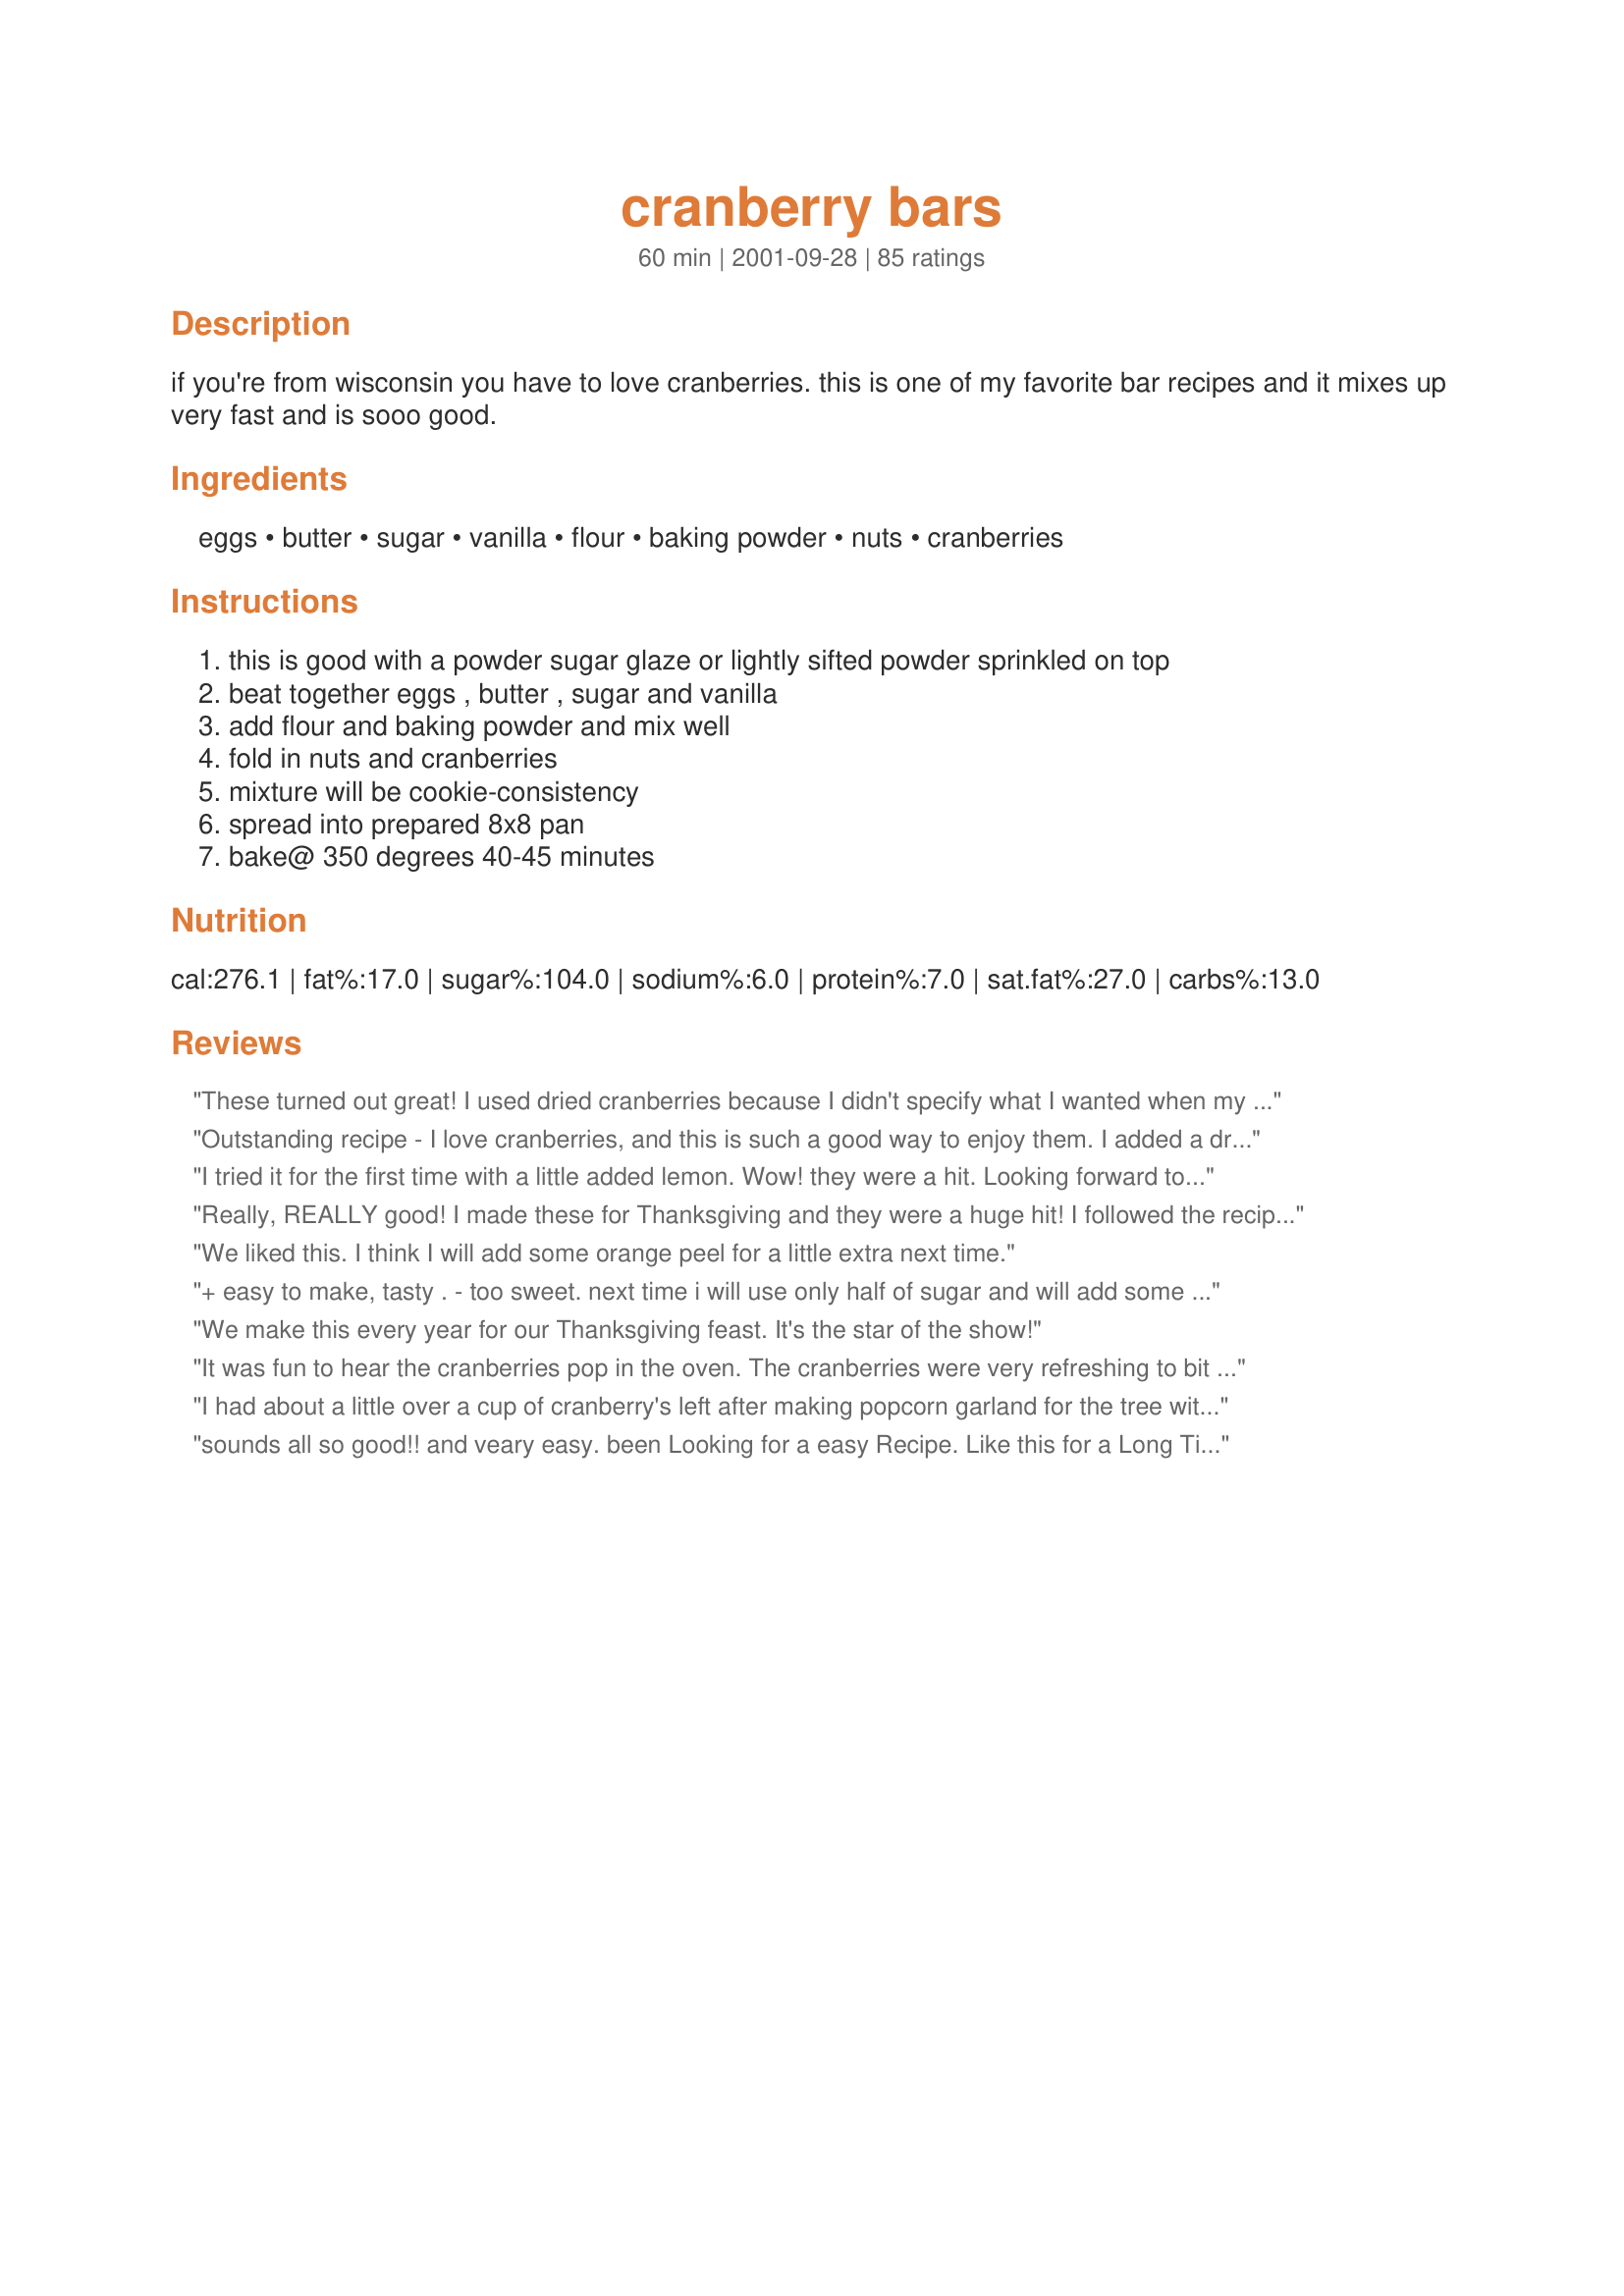
cranberry bars
Preparation time: 60 minutes

if you're from wisconsin you have to love cranberries. this is one of my favorite bar recipes and it mixes up very fast and is sooo good.

Ingredients:
eggs, butter, sugar, vanilla, flour, baking powder, nuts, cranberries

Steps:
this is good with a powder sugar glaze or lightly sifted powder sprinkled on top, beat together eggs , butter , sugar and vanilla, add flour and baking powder and mix well, fold in nuts and cranberries, mixture will be cookie-consistency, spread into prepared 8x8 pan, bake@ 350 degrees 40-45 minutes

Reviews:
These turned out great! I used dried cranberries because I didn't specify what I wanted when my husband went to the store so that's what I got but they still turned out great and my husband looks forward to having them in his lunch this week. Thank you for posting such an easy bar recipe.
Outstanding recipe - I love cranberries, and this is such a good way to enjoy them. I added a drizzle of maple glaze - excellent ! I am going to make them again this week - these are our new favorite treats - thank you !
I tried it for the first time with a little added lemon. Wow! they were a hit. Looking forward to making them again with blueberries or raspberries. Thought they were a little sweet so will reduce sugar as suggested in other reviews. Great snack for school lunches.
Really, REALLY good! I made these for Thanksgiving and they were a huge hit! I followed the recipe exactly as stated, with a whole bag of fresh cranberries (and did butter/flour my 9x13 pan to avoid sticking - which worked great) and also added in about a cup of white chocolate chips - really delicious and will definitely make again!
We liked this. I think I will add some orange peel for a little extra next time.
+ easy to make, tasty .
- too sweet. next time i will use only half of sugar and will add some lemon zest.
We make this every year for our Thanksgiving feast. It's the star of the show!
It was fun to hear the cranberries pop in the oven. The cranberries were very refreshing to bit into. I found that the dough did not pour as the recipe stated. The consistency was like cookie dough, so I buttered my knife and spread it into my pan. Everyone liked these. Thank You.
I had about a little over a cup of cranberry's left after making popcorn garland for the tree with the kids. Not quite enough to make anything out of so I came here looking for a tasty recipe to use them up. I been looking for a good recipe for cranberry bars when for a while and have been quite unsuccessful in finding one that made it worth while. So back after a quick search I found this gem and decided to scale it back to 6 bars and give it a whirl. I followed the recipe exactly except adding about 1/4 tsp of salt and rolling the cranberry in about a teaspoon full of sugar before adding them to the dough. The results were VERY good. The bars were very tasty while keeping the tart taste of cranberry and the bar itself was crispy on top and chewy in the middle. Next time and there will be next time I will be making these I will definitely follow my changes and double the recipe to have some to share. The small pan I made was barely enough for the family to get a taste of these great bars and of course they all wanted more.
sounds all so good!! and veary easy. been Looking for a easy Recipe. Like this for a Long Time. Ginny Ross.
Wonderful taste. Simple to make. I added an extra egg (it seems that large eggs these days are getting smaller). My friend ate half of it the first day!! Thanks for a great recipe.<br/><br/>Update: I had a very large bag of Craisins (dried cranberries) so I decided to try this recipe using them. Simply delicious. Didn't need an extra egg this time....LOL.
These were very tasty little bars/cake. I used black currants instead of cranberries and brown sugar instead of white and one cup chopped pecans but left everything else the same. I baked them in a 8x11 pan but will try a 9x13 next time for a bit thinner bar. Oh and of course I sprinkled a bit of sugar on top for a nice crunchy crust. Will def make these again! THANKS
wonderful taste and very easy to make. my frozen cranberries made it even harder to spread. i finally wore plastic food prep gloves and pressed and spread it. this worked very well. my boys and DH asked for seconds and thirds immediately.
Very good way to use cranberries. I usually just eat them for Thanksgiving. I tried this in a 9x13" aluminum pan and it came out too thin and stuck to the pan, which made the bars fall apart. We are enjoying the pieces, but I will be making this in a glass 8x8" pan next time. Thanks!
My friends and family all loved these bars. This is a very easy recipe!
fantastic.lovely combination of flavours.Tartness and a delicate sweetness in one bar. guests loved it!!Very easy.
I am originally from Wisconsin, too. Perhaps that's why I loved these. I used fresh cranberries and chopped walnuts. These are delicious and simple. I took them to a party, and the disappeared. Thanks for the recipe.
Yes, I am from Wisconsin and yes, I loved these bars!! I used frozen cranberries and a 13x9 pan with no problems! These were so easy bake and the entire family loved them. The batter was pretty thick and I had to spread it out with a spatula, not to worry, they turned out perfect. Instead of all white sugar - I used a combination of brown sugar, white sugar and splenda. I also used egg whites, no yolks and baby pear food for some of the butter. I am working on developing a lighter version of these (so I can eat more!).
Easy and wonderful. Even the kids liked them.
Great tasting bars! Made these over the holidays and we loved them. Not only do they taste good but they look fantastic plated. With 70 reviews there is not much I can say that hasn't already been said .... except to say WINNER! Thank you Bonnie!
very nice recipe. good contrast with sour cranberry. Will try brown sugar next time, just to see.
Oh my...these are really delicious. I just pulled them out of the oven and dug right in before it even cooled. My husband who does NOT like cranberries, said "these are really good". I know this will be a regular at my house. Thanks for a great recipe.
So very good and super easy to put together. Thanks
My picky 2 year old gobbled this up! Absolutely delicious! It is perfectly chewy, tangy, and sweet :-)
Like to add my kudos for these bars. I also added an extra egg. These had a nice sweetness without going overboard.
I had to try this one! The cranberries were very tasty in this easy recipe. I just sprayed the pan with oil, and used my fingers to pat out the dough in the pan. Thanks!
Great recipe. Followed everything and i also add mixed berry beside cranberry and it turned out great. my husband loves it. and it will be his snack at the office tomorrow. next time I will make it again but it will be WITHOUT the nuts. we feel that the nuts doesnt taste so great together with the berry. it sort of twisted the taste a bit. it might be a matter of taste but definitely i will put a bit more berries and no nuts. thanks for the recipe!!
Wonderful to eat and very easy to make.
My goodness, I can't believe I never reviewed these! I've been making them for 3-4 years now, always include them in holiday gift plates, and have a friend who regularly requests a couple of batches for her birthday present. I skimp on sugar and go over on cranberries, and the result is moist, cakey, tangy, crunchy deliciousness. Thank you Bonnie Young!
Very good bar, almost caramel tasting, with sharpness of cranberries folded in. Yummm. Sweet enough, no need for icing, but if you do ice it, reduce the sugar a bit. I did ice it and it really got bit too sweet, even for our tastes. Will make again, thanks for recipe!
I'm from Wisconsin and this is now my favorite cranberry treat. The only change I made was to add some diced candied ginger. Thanks for a great recipe
The only reason I can't give this five stars is because mine took longer to bake than the recipe says. BUT, that may be because I used a different sized pan than called for. I don't have any cake pans (shameful, I know) so I used an 8x8 inch square pan. These took about 60 minutes to set up. They tasted amazing when finished! I "frosted" them with melted white chocolate chips, and even my husband loved them ... and he doesn't like white chocolate, cranberries, or nuts. Go figure. These are just THAT delicious!
Thanks for a great recipe to use up my fresh cranberries!!! I love the flavor and moistness. Made 15 bars. Topped with a butter/ps/milk glaze. thanks for sharing this wonderful recipe.
Very easy, and they were a big hit. I used the whole bag of cranberries (which was over 2 cups) and I added cream cheese frosting. People asked for the recipe!
I really liked how these turned out and love the way the bright cranberry flavor shines right through. I used chopped toasted pecans and think I would use less nuts next time and also drizzles a powdered sugar glaze to top them off. Thanks for posting this delicious recipe.
Quick and Delicious! I halved the recipe and added some powdered sugar to the top as suggested. A wonderful bar I will definitely make a again. Thanks for posting.
Delish! Definitely a great use of my leftover cranberries! Added pecans and white chocolate chips, but is sweet enough without the added chocolate! Tasted great; honestly liked them more than I expected to! (How can one go wrong with 1/2 cup of butter?!) I accidentally put in an 8x8 pan so they were very thick, but baked well. I used no stick spray which worked okay; they stuck only a little at the sides, but came out fine after running a knife along the edge. Thanks so much for this delicious recipe; might have to buy cranberries just for this!
Loved it. Had cranberries in the freezer (still in the package) for 2 years! YIKES! And they still turned out awesome. They remind me of lemon bars with the zingy flavor.
I made these with raspberries instead of cranberries because that is what we had and it turned out fantastic. I can't wait to try it with the cranberries. What a great treat, thanks Bonnie.
Oh my goodness...these were so good!!! I sprinkled some brown sugar on top before putting them in the oven and it was tangy with bursts of sweet flavor. I think I will, instead of making them in bars, pour the batter into cupcake foils. YUM Yum! Thank you for a great receipe.
These are define - this is coming from a cranberry lover. Of course living in Nova Scotia cranberries are easy to come by and popular. Have been looking for a bar like this for some time so thank you, thank you for this one. I did cut back on the sugar by 1/4 cup. - like the tartness of the cranberries.
These bars are really good. I used a glass 13x9 greased and floured and they didn't stick at all. I used dried cranberries, and used chocolate chips instead of nuts. Such a good combo! I also added the juice of half a lemon, and a bit of lemon zest to the batter. Since my pan was larger, these were perfect and golden on top after 35 minutes in the oven.
YUM! I don't review very often. But, these are excellent, easy, and quick. My only complaint - they disappear from my counter much to quickly! :) Thanks for sharing
I really like the tart/sweet flavor of the cranberries in these bars. I used frozen and they worked just fine. I topped with powdered sugar and they look as good as they taste. I'll use more nuts next time. This is a delicious, easy, holiday treat.
These were easy to make and the flavor was really good (loved the sweet/tart combo). I thought they were a little too soft- I like bar cookies to be a bit stiffer so they don't crumble when eaten without a dish.
These are simple and delicious.I made them for a Christmas pot luck so left out the nuts and added an extra half cup of cranberries and for a slightly more festive presentation, made a lemon glaze and drizzled the individual bars with it.They were pretty and definitely not greasy. Everyone asked for the recipe. This recipe will be a standard on our Christmas trays from now on. Thanks for sharing.
Rather too sweet. It's a good thing the cranberries added tartness.
WOW! I followed the recipe as written, except I sub'd some frozen organic mixed berries instead (raspberries, blueberries, and blackberries). My husband and I could NOT stop eating them, LOL! The tang of the berries went perfectly with the sweetness of the bar mixture. I halved the recipe and baked for about 25 minutes in an 8x8 pan. Will definitely make this again -- a whole pan this time! :)
If you're from Maine you have to love cranberries and these bars are a snap and yummy! Thanks for another cranberry keeper! ;)
EXCELLENT! One of the best cranberry recipes I have ever tried. The batter was a little thick and I thinned with orange juice. Gave it a wonderful hint of citrus. This recipe will be included in my "regulars"!
I whipped these up and took half of the tray to the office-I should have taken them all! Fantastic flavor, great texture and just the right amount of sweetness! They office votes for more, so off I go........I'm glad I bought the 2# bag of cranberries! Thanks for a great cranberry bar recipe!
This was very good and satisfied our craving for tangy cranberries. I baked it in an 8 x 8 dish and it came out a little undercooked. I didn't add nuts but I will next time. I am also thinking of adding a little lemon extract for a bit of a twist. This is definately a keeper! Thanks for the recipe.
These came out great. I made them with my 3-year-old, and we still had them in the oven in 15 minutes. OK, maybe 20...did I mention she was 3?

The batter was very thick, as noted by other reviewers. No worries, just use a spatula. Ours were done after less than 30 minutes, but the oven might be running a little hot.

She's in bed now, and I'm eating my 5th one. Enough said.
I made these over the holidays for breakfast when my in-laws were in town. They kept for a long time and were fantastic, chewy and just the right amount of flakiness! Amazing!
These were awesome. It was nice to try a cranberry recipe that did not have orange juice or zest in it. They were very easy to make and had a refreshing pure cranberry taste. I added a 1/2 teaspoon of kosher salt the second time I made them and they were great. Thanks!
These were great! Reminded me of a cranberry brownie. (without the chocolate of course.) Nice chewy bar. I will put in more berries next time. Thanks! ;)
I made these today and they were so good. My husband loved them....Tomorrow I'm making more for his office. By the way, to prepare the pan - do you grease and flour - I did and it worked fine. Also, baked in little larger pan and turned out fine.

Wanda from Texas
Wonderful! Wasn't greasy and I would even double the nuts! Thanks!
Wow these are SO good--and the house smelled so nice as they baked that my daughter asked what is that wonderful smell! I did make a few adjustments: cut the butter to 1/4 c. and added 1/4 c. vanilla yogurt. I used 1 c. brown sugar instead of 1 1/2 c. white. Oh, and I used 1 c. white flour, 1/2 c. whole wheat flour and added about 1/2 t. salt. The batter was thick and hard to spread, but I managed it. Since my kids don't like nuts, I didn't put any in the batter, but sprinkled sugared pecans on half the batter once I put it in the pan. The nuts got good and crunchy in the oven and added a nice contrast to the soft, sweet/tart cranberry bars.
Very good! I added white chocolate chips and chopped pecans. Seemed a little overcooked- will not bake quite as long next time. Adding to our Thanksgiving menu. Gals at work loved it. Thanks for the great recipe!
I made this for thanksgiving this year, and we loved it! We couldn't finish everything (with all the other desserts available), but these bars were equally as good reheated for breakfast the next day (with a good cup of coffee)! I did make some adjustments: I used 1/4 cup less sugar (I usually do, just because I find most recipes too sweet for my taste -- they turned out perfect for us!), I used one whole bag of fresh cranberries (around 2 1/2 cups), I used pecans for the nuts (a bit more than 1/2 cup, since I love nuts in my desserts!). My husband decided to sprinkle some powdered sugar on top (I think he was alarmed at the possible tartness of the bar after he popped a fresh cranberry into his mouth), and this created a more festive effect, with the red berries peeking through the light dusting of sugar. I'm planning on making this again for Christmas dinner!
Excellent! Makes a great snack for bag lunches or a nice treat to impress company.

I have tried this with only 1 cup sugar, I think it tastes the same but DD loves the original recipe. Also great with blueberries instead of cranberries.
This is the best tasting cranberry dessert that I have ever tasted. Texture was just wonderful. I let my family taste this and they all agreed that this was what they wanted for
dessert at Thanksgiving's. Thanks for posting this recipe.
Simple recipe, excellent result. I may try it with other things than cranberries as they are so hard to get out of season...
absolutely amazingly delicious!!!!
Yum! These bars are delicious. I made a glaze of powdered sugar and orange juice. Perfect with a cup of tea or coffee.
These are absolutely incredible! Took them to a work potluck and everyone raved about them. So easy to make something so good.
This is a very tasty bar. It's light and fast to make. My family really enjoyed this. I will make this a must for my recipe file. Happyclip
This turned out very well. I made this for dessert and it was eaten. Then the next morning the rest was devoured as coffe cake! This has a nice texture, a little chewy but soft. Thanks so much for a great way to use up my cranberries!
Verygood
Simple and delicious - full of cranberry flavor. I think next time I might add some white chocolate chips to the batter. Thanks for posting!
Jumping on the band wagon to say this is a wonderful, tasty, EASY dessert staring my favorite tart little berry. Enjoy!
We all love these! My SIL found these last year and they are a family favorite. We do melt a little canned cream cheese icing and white chocolate chips to drizzle over the top. They do not last very long at our house.
I was looking for something to bring to a bridal shower and had the ingredients for these on hand. It was quick and easy to assemble. I omitted the nuts. I though about a white chocolate drizzle but ran out of time and these didn't need it. That tart taste of cranberry against the sweet almost cake-like base was perfect. A nice change and a great addition to a dessert table.
Wow! This was not only delicious, but easy and quick! I used fresh cranberries. DH took a plate of these to the Christmas decorating event at church and came home to report that I'd screwed up...I asked what he meant by this and he told me... "You didn't send a copy of the recipe." It turned out that everyone, literally everyone wanted the recipe. The next day several of the ladies at church came up and asked me for the recipe. Now I'll have to get printing... :-)
Thanks for sharing such a hit Bonnie!
This is a great and super easy recipe. The cranberries really give a nice tart kick to the sweet bar. I used and greased 13X9 pan. I also added a pinch of salt as I believe that all dessert recipes should have a bit of salt to enhance.
Very good...I use the whole bag of cranberries and extra walnuts....I place batter in 9x13 pan sprayed with Pam....press batter down evenly with a square of parchment paper...easy and no sticking....baked 50 minutes...sprinkle with powdered sugar when completely cooled.
Yum! Awesome bars and very quick to fix. Used cranberries from my freezer and omitted the nuts. Not cakey, these bars are the perfect blondie (texture like a brownie) with burts of red tart cranberry. Half a cup of mini chocolate chips would be an interesting addition. Thanks for sharing the recipe!
I agree that the dough was very thick, but I just spread it in the man as it was and they came out fine. The cranberries were wonderful but overall I think that they could have had a little more flavor. Next time I will try to add some cinnamon like someone else suggested.
This is delicious and easy to make! I used fresh cranberries and lemon extract instead of the vanilla. Then I added some orange zest and pecans. I baked this in a 9 inch cast iron skillet and it turned out wonderfully. I will be making these again and am thinking of alternatives to cranberries, when their season is over.
LOVE LOVE LOVE this recipe, have made it for a few years after looking up recipes for fresh cranberries. Have made it as is and also tried it with a little lemon zest,also I always add half tsp or so of salt, just used to doing it for any similar dough recipes. Today I tried it using half cup of brown sugar with the white, in the oven now so I cant say how that change modified the recipe. I am also probably heavy handed with the cranberries and nuts too, EVERYONE who has ever tried it loves it.
Can I freeze this? Would like to make and take with on holiday. Need bars that I can make now and freeze for later
Do not bake this is an 8 by 8 dish...use a 9 by 13
These were better the next day. I made a half batch and they turned out great. Thank you!
These were very good, but I made some changes - I used 1/2 cup brown sugar in place of 1/2 cup sugar. I also sprinkled cinnamon sugar on top before baking. I made these bars in 11x7 pan and they were a little too thick. Next time I will use 13x9. I assumed prepared pan meant greased and floured and nothing stuck. I got a lot of compliments on the cranberry/cinnamon sugar contrast.
